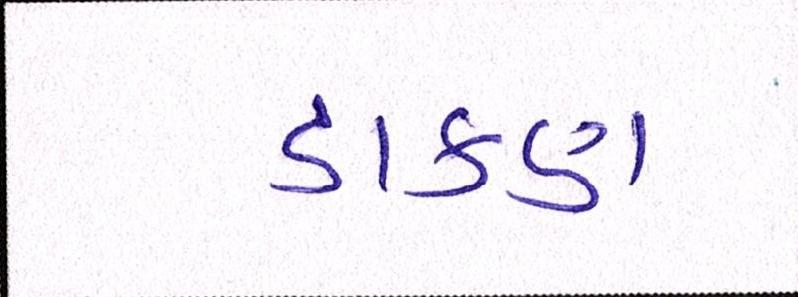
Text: ડાકણ